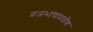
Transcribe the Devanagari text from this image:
व्रजभाषाप्रवीण